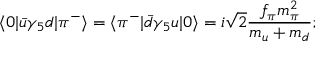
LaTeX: \langle 0 | \bar { u } \gamma _ { 5 } d | \pi ^ { - } \rangle = \langle \pi ^ { - } | \bar { d } \gamma _ { 5 } u | 0 \rangle = i \sqrt { 2 } { \frac { f _ { \pi } m _ { \pi } ^ { 2 } } { m _ { u } + m _ { d } } } ;